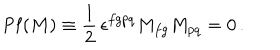
\mathrm { P f } ( M ) \equiv \frac 1 2 \, \epsilon ^ { f g p q } M _ { f g } M _ { p q } = 0 \, .